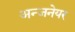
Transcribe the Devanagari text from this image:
अन्जनेयर